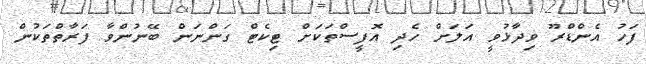
ފަހު އެންޑްރޫ ވިދާޅުވީ އަލަށް ހެދި އޮފީސްތަކަށް ޓިކެޓް ގަންނަން ބޭނުންވާ ފަރާތްތަކުން